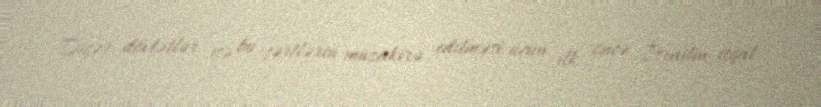
Digər dövlətlər isə bu şərtlərin müzakirə edilməsi üçün ilk öncə İsrailin işğal